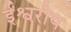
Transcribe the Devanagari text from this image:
र्इश्वरीय